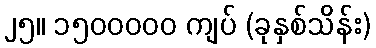
၂၅။ ၁၅၀၀၀၀၀ ကျပ် (ခုနှစ်သိန်း)